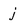
Character: j